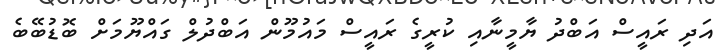
އަދި ރައީސް އަބްދު ޔާމީނާއި ކުރީގެ ރައީސް މައުމޫން އަބްދުލް ގައްޔޫމަށް ބޮޑުބޭބެ